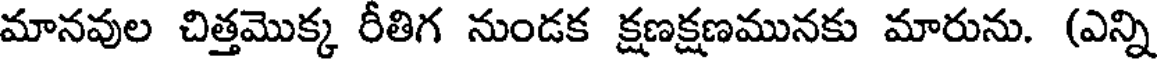
మానవుల చిత్తమొక్క రీతిగ నుండక క్షణక్షణమునకు మారును. (ఎన్ని